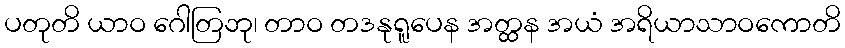
ပတုတိ ယာဝ ဂေါတြဘု၊ တာဝ တဒနုရူပေန အတ္ထန အယံ အရိယာသာဝကောတိ